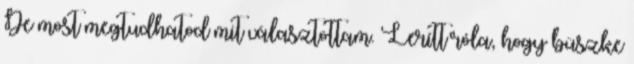
De most megtudhatod mit választottam. Lerítt róla, hogy büszke